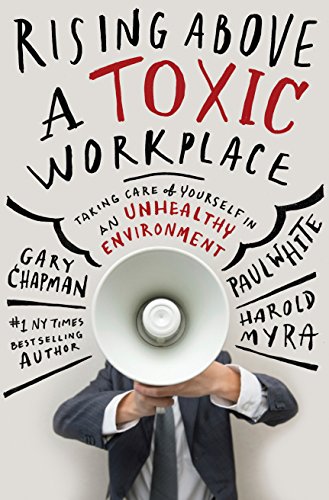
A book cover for Rising Above a Toxic Workplace: Taking Care of Yourself in an Unhealthy Environment; Gary D Chapman; Business & Money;